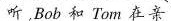
听,Bob 和 Tom 在亲